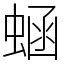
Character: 蜬